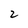
Character: 2